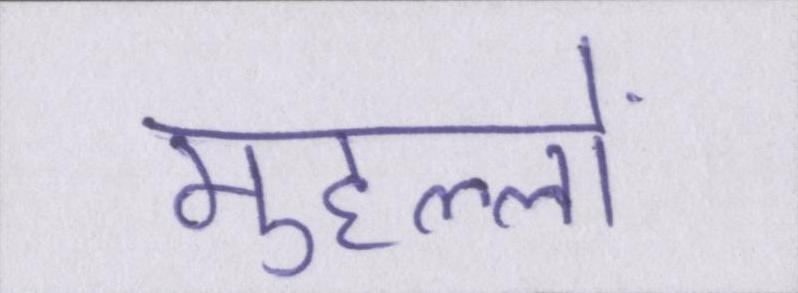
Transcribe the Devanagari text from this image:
मुहल्लों